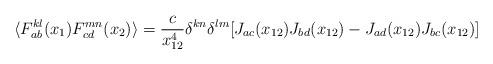
LaTeX: \begin{align*}\langle F^{kl}_{ab}(x_1) F^{mn}_{cd}(x_2) \rangle = \frac{c}{x_{12}^4} \delta^{kn} \delta^{lm} [J_{ac}(x_{12}) J_{bd}(x_{12}) - J_{ad}(x_{12}) J_{bc}(x_{12}) ]\end{align*}